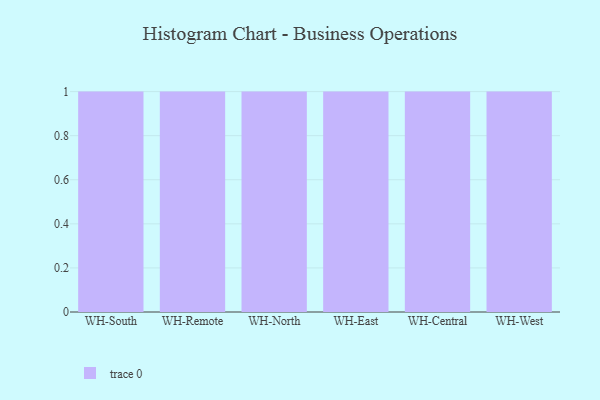
{"axis": {"x": "Warehouse", "y": "Page Views"}, "legend": [""], "data": [{"x": "WH-South", "y": 1, "type": ""}, {"x": "WH-Remote", "y": 62, "type": ""}, {"x": "WH-North", "y": 23, "type": ""}, {"x": "WH-East", "y": 35, "type": ""}, {"x": "WH-Central", "y": 28, "type": ""}, {"x": "WH-West", "y": 24, "type": ""}]}